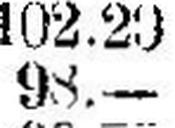
98.—